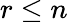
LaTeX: r\leq n